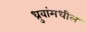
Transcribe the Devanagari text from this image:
ध्रुवांमधील